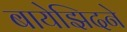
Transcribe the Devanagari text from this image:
बायेझिदने